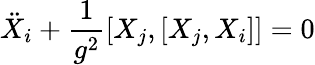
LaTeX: \ddot{X}_{i}+\frac{1}{g^{2}}[X_{j},[X_{j},X_{i}]]=0